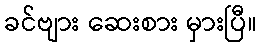
ခင်ဗျား ဆေးစား မှားပြီ။